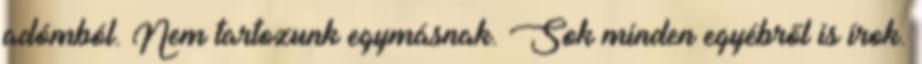
adómból. Nem tartozunk egymásnak. Sok minden egyébről is írok.